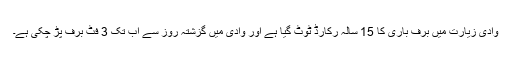
وادی زیارت میں برف باری کا 15 سالہ رکارڈ ٹوٹ گیا ہے اور وادی میں گزشتہ روز سے اب تک 3 فٹ برف پڑ چکی ہے۔